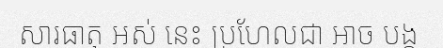
សារធាតុ អស់ នេះ ប្រហែលជា អាច បង្ក